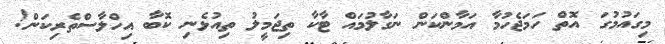
މިގައުމުގަ އޮތް ހަމަޖެހުމާ އަމާންކަން ނަގާލުމައް ޓާކާ ތިޖަމީލު ތިއުޅެނި ކޮބާ އިހްލާސްތެރިކަން!